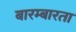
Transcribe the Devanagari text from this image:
बारम्‍बारता